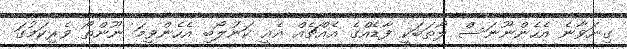
ގިނަވާނެ އެހެންނޫނަސް ލޯތަބަކީ ފާޑެއްގެ އެއްޗެއް އެއީ ކަނުލޯބި އެހެންވީމަ ނޫންތޯ ވެރިކަމުގަ